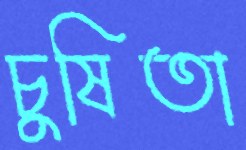
চুষিতা